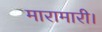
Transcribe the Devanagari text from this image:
मारामारी।